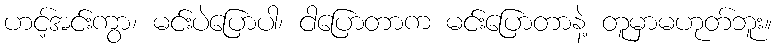
ဟင့်အင်းကွာ၊ မင်းပဲပြောပါ၊ ငါပြောတာက မင်းပြောတာနဲ့ တူမှာမဟုတ်ဘူး။